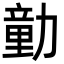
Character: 勭